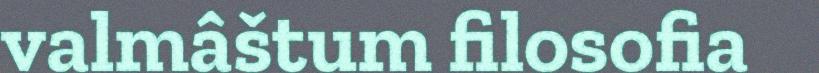
valmâštum filosofia